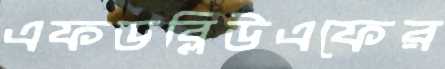
এফডব্লিউএফের